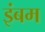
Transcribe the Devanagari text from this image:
इंबम